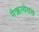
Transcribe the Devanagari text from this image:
नैऋत्येसस